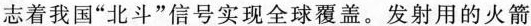
志着我国”北斗”信号实现全球覆盖。发射用的火箭